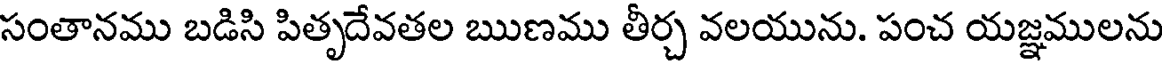
సంతానము బడిసి పితృదేవతల ఋణము తీర్చ వలయును. పంచ యజ్ఞములను